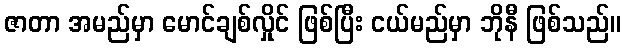
ဇာတာ အမည်မှာ မောင်ချစ်လှိုင် ဖြစ်ပြီး ငယ်မည်မှာ ဘိုနီ ဖြစ်သည်။